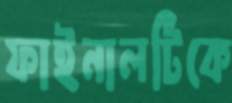
ফাইনালটিকে